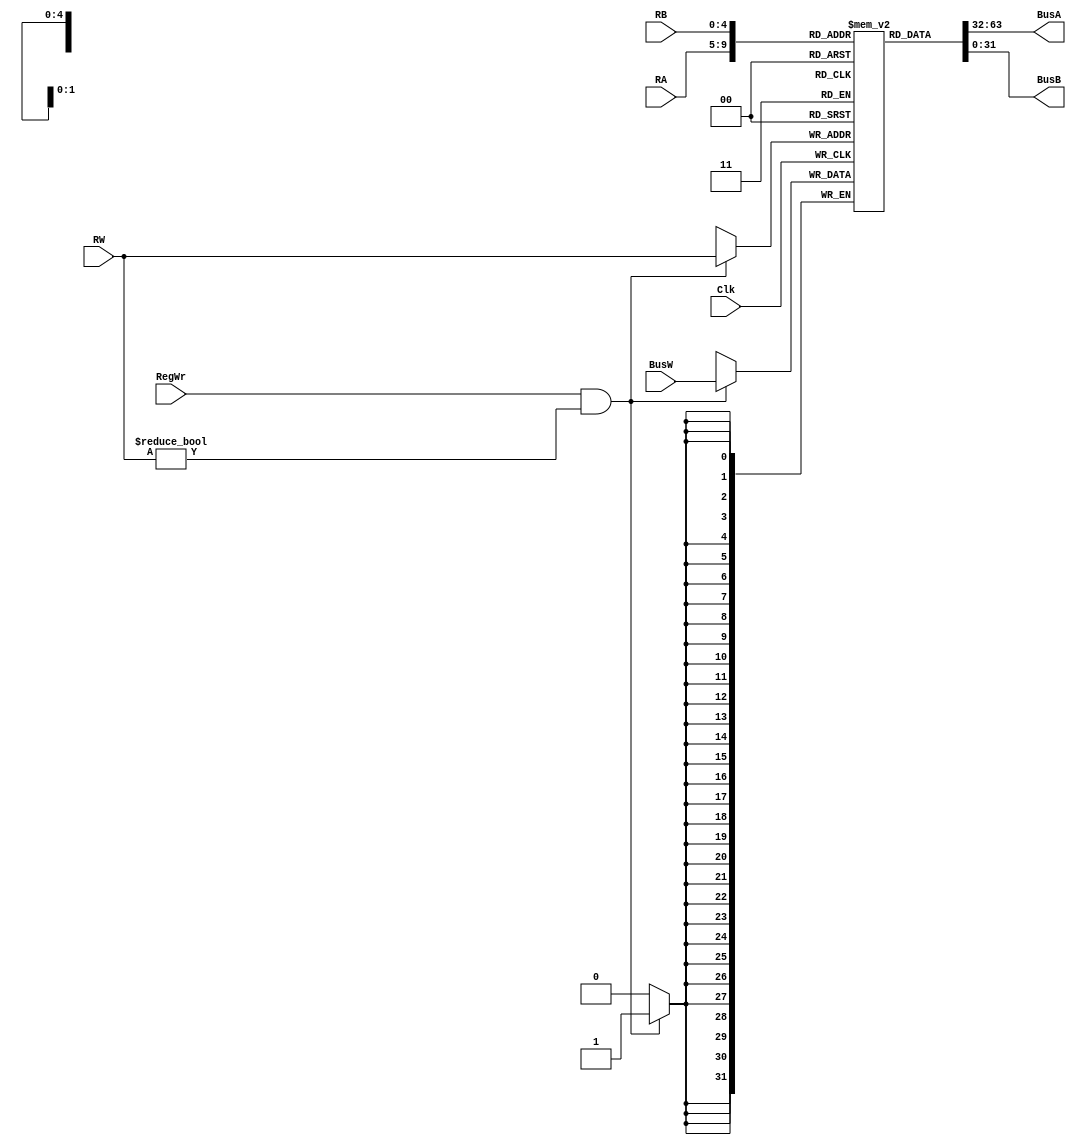
`timescale 1ns / 1ps
module RegisterFile(
  output reg [31:0] BusA,
  output reg [31:0] BusB,
  input [31:0] BusW,
  input  [4:0] RA,
  input  [4:0] RB,
  input  [4:0] RW,
  input  RegWr,
  input  Clk
);                //defining inputs
  reg [31:0] register [31:0]; // creating a register reg with 32 32 bit elements
  integer i;
  initial begin
  register[0] = 0;
  end                        // in the initial block wiring register[0] to 0
  
  always @(posedge Clk) begin
    if(RegWr == 1 & RW!=0)
      register[RW] <= BusW;
  end                        // at the negedge of clock if Write Enable is true write
  always @(*) begin
      BusA <= register[RA];
      BusB <= register[RB];
  end                       // asynchronously reading using Buses A and B
endmodule